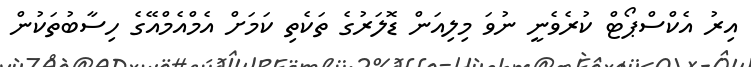
އިރު އެކްސްޕޯޓް ކުރެވެނީ ނުވަ މިލިއަން ޑޮލަރުގެ ތަކެތި ކަމަށް އެމްއެމްއޭގެ ހިސާބުތަކުން